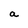
Character: a